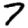
Digit: 7